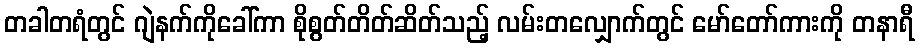
တခါတရံတွင် ဂျဲနက်ကိုခေါ်ကာ စိုစွတ်တိတ်ဆိတ်သည့် လမ်းတလျှောက်တွင် မော်တော်ကားကို တနာရီ